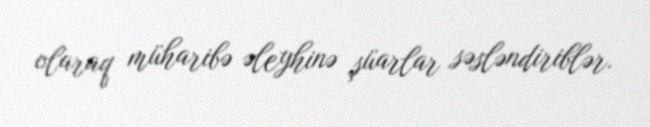
olaraq müharibə əleyhinə şüarlar səsləndiriblər.